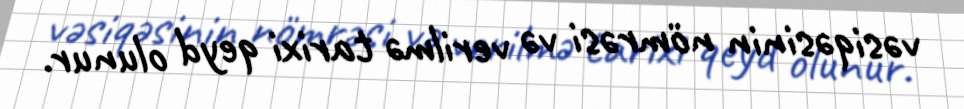
vəsiqəsinin nömrəsi və verilmə tarixi qeyd olunur.